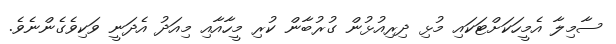
ސާމިލާ އެމީހަކަށްޓަކައި މުޅި ދިރިއުޅުން ގުރުބާން ކުރި މީހާއާއި މިއަދު އެދަނީ ވަކިވެގެންނެވެ.